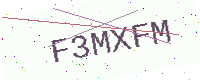
Text: F3MXFM